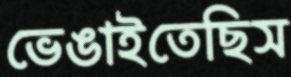
ভেঙাইতেছিস